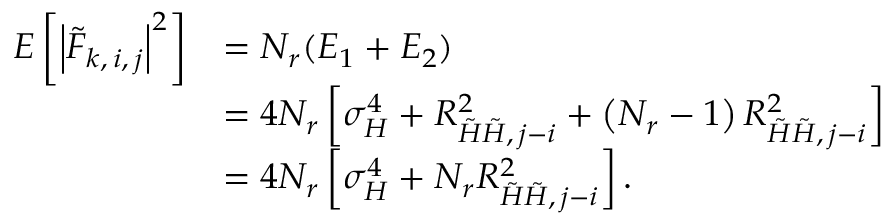
\begin{array} { r l } { E \left[ \left| \tilde { F } _ { k , \, i , \, j } \right| ^ { 2 } \right] } & { = N _ { r } ( E _ { 1 } + E _ { 2 } ) } \\ & { = 4 N _ { r } \left[ \sigma _ { H } ^ { 4 } + R _ { \tilde { H } \tilde { H } , \, j - i } ^ { 2 } + \left( N _ { r } - 1 \right) R _ { \tilde { H } \tilde { H } , \, j - i } ^ { 2 } \right] } \\ & { = 4 N _ { r } \left[ \sigma _ { H } ^ { 4 } + N _ { r } R _ { \tilde { H } \tilde { H } , \, j - i } ^ { 2 } \right] . } \end{array}